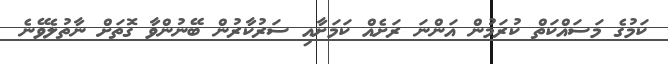
ކަމުގެ މަސައްކަތް ކުރަމުން އަންނަ ރަށެއް ކަމަށާއި ސަރުކާރުން ބޭނުންވާ ގޮތަށް ނާތުލެވޭނެ